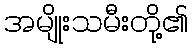
အမျိုးသမီးတို့၏